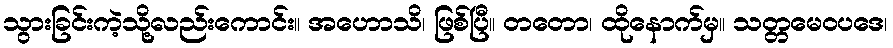
သွားခြင်းကဲ့သို့လည်းကောင်း။ အဟောသိ၊ ဖြစ်ပြီ။ တတော၊ ထိုနောက်မှ။ သတ္တမေဝပဒေ၊